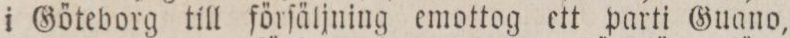
i Göteborg till förſäljning emottog ett parti Gano,